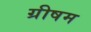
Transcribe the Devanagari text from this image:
ग्रीषम